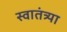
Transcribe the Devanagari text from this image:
स्वातंत्र्या